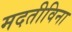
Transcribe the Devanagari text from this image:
मदतीविना